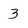
Character: 3